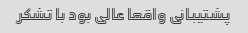
پشتیبانی واقعا عالی بود با تشکر